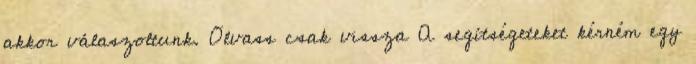
akkor válaszoltunk. Olvass csak vissza A segítségeteket kérném egy